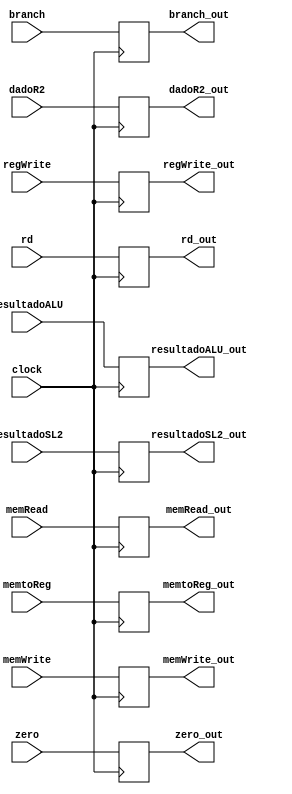
module EXMEM(clock, resultadoSL2, resultadoALU, dadoR2, rd, regWrite,
            branch, memRead, memWrite, memtoReg, zero, resultadoSL2_out, 
            resultadoALU_out, dadoR2_out, rd_out, regWrite_out, branch_out, 
            memRead_out, memWrite_out, memtoReg_out, zero_out);
    
    input clock;

    input [31:0] resultadoSL2;
    input [31:0] resultadoALU;
    input [31:0] dadoR2;
    input [4:0] rd; //resultadomuxEX
    //input PCSrc;
    input branch;
    input memRead;
    input memWrite;
    input memtoReg;
    input zero;
    input regWrite;

    output reg [31:0] resultadoSL2_out;
    output reg [31:0] resultadoALU_out;
    output reg [31:0] dadoR2_out;
    output reg [4:0] rd_out;
    //output reg PCSrc_out;
    output reg branch_out;
    output reg memRead_out;
    output reg memWrite_out;
    output reg memtoReg_out;
    output reg zero_out;
    output reg regWrite_out;

    always @ (posedge clock)begin
      resultadoSL2_out = resultadoSL2;
      resultadoALU_out = resultadoALU;
      dadoR2_out = dadoR2;
      rd_out = rd;
      branch_out = branch;
      memRead_out = memRead;
      memWrite_out = memWrite;
      memtoReg_out = memtoReg;
      zero_out = zero;
      regWrite_out = regWrite;
    end


endmodule